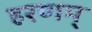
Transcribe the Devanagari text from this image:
हरणम्